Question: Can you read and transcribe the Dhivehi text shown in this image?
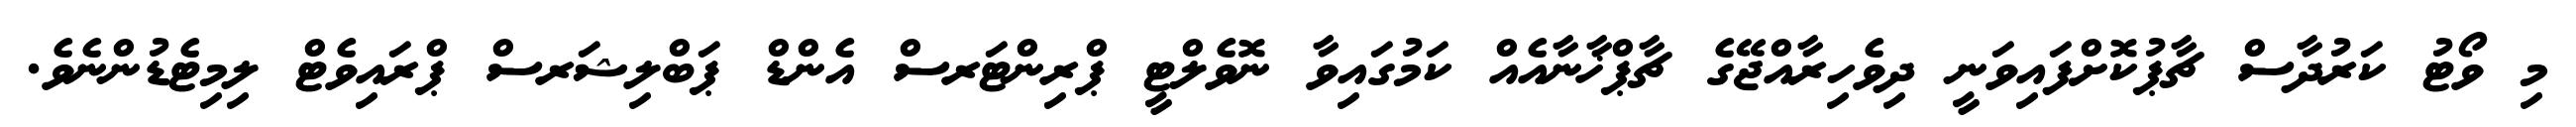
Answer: މި ވޯޓު ކަރުދާސް ޗާޕުކޮށްފައިވަނީ ދިވެހިރާއްޖޭގެ ޗާޕްޚާނާއެއް ކަމުގައިވާ ނޮވެލްޓީ ޕްރިންޓަރސް އެންޑް ޕަބްލިޝަރސް ޕްރައިވެޓް ލިމިޓެޑުންނެވެ.